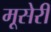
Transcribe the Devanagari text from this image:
मूसेरी